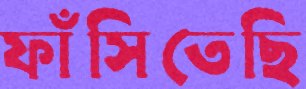
ফাঁসিতেছি